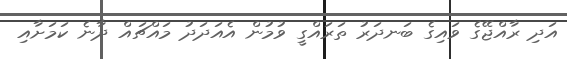
އަދި ރާއްޖޭގެ ވައިގެ ބަނދަރު ތަރައްގީ ވުމުން އެއަދަދު މައްޗައް ދާނެ ކަމަށާއި